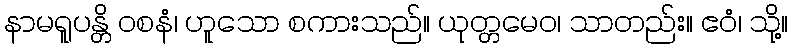
နာမရူပန္တိ ဝစနံ၊ ဟူသော စကားသည်။ ယုတ္တမေဝ၊ သာတည်း။ ဧဝံ၊ သို့။